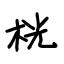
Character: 桄